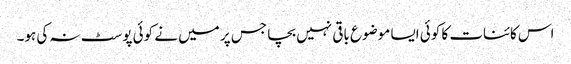
اس کائنات کا کوئی ایسا موضوع باقی نہیں بچا جس پر میں نے کوئی پوسٹ نہ کی ہو۔